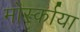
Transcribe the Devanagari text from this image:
मोर्स्काया